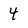
Character: 4